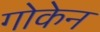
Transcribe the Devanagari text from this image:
गोकेन